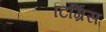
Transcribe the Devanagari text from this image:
टिग्रिस